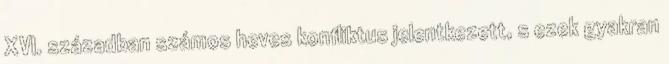
XVI. században számos heves konfliktus jelentkezett, s ezek gyakran